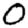
Digit: 0